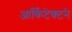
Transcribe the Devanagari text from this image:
आर्किटेक्‍टने